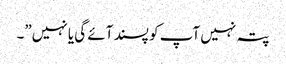
پتہ نہیں آپ کو پسند آئے گی یا نہیں”۔